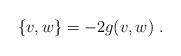
LaTeX: \begin{align*}\left\{ v,w\right\} =-2g(v,w)~.\end{align*}